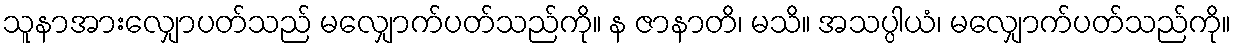
သူနာအားလျှောပတ်သည် မလျှောက်ပတ်သည်ကို။ န ဇာနာတိ၊ မသိ။ အသပ္ပါယံ၊ မလျှောက်ပတ်သည်ကို။